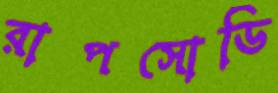
রাপসোডি